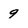
Character: 9